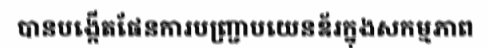
បានបង្កើតផែនការបញ្ជ្រាបយេនឌ័រក្នុងសកម្មភាព